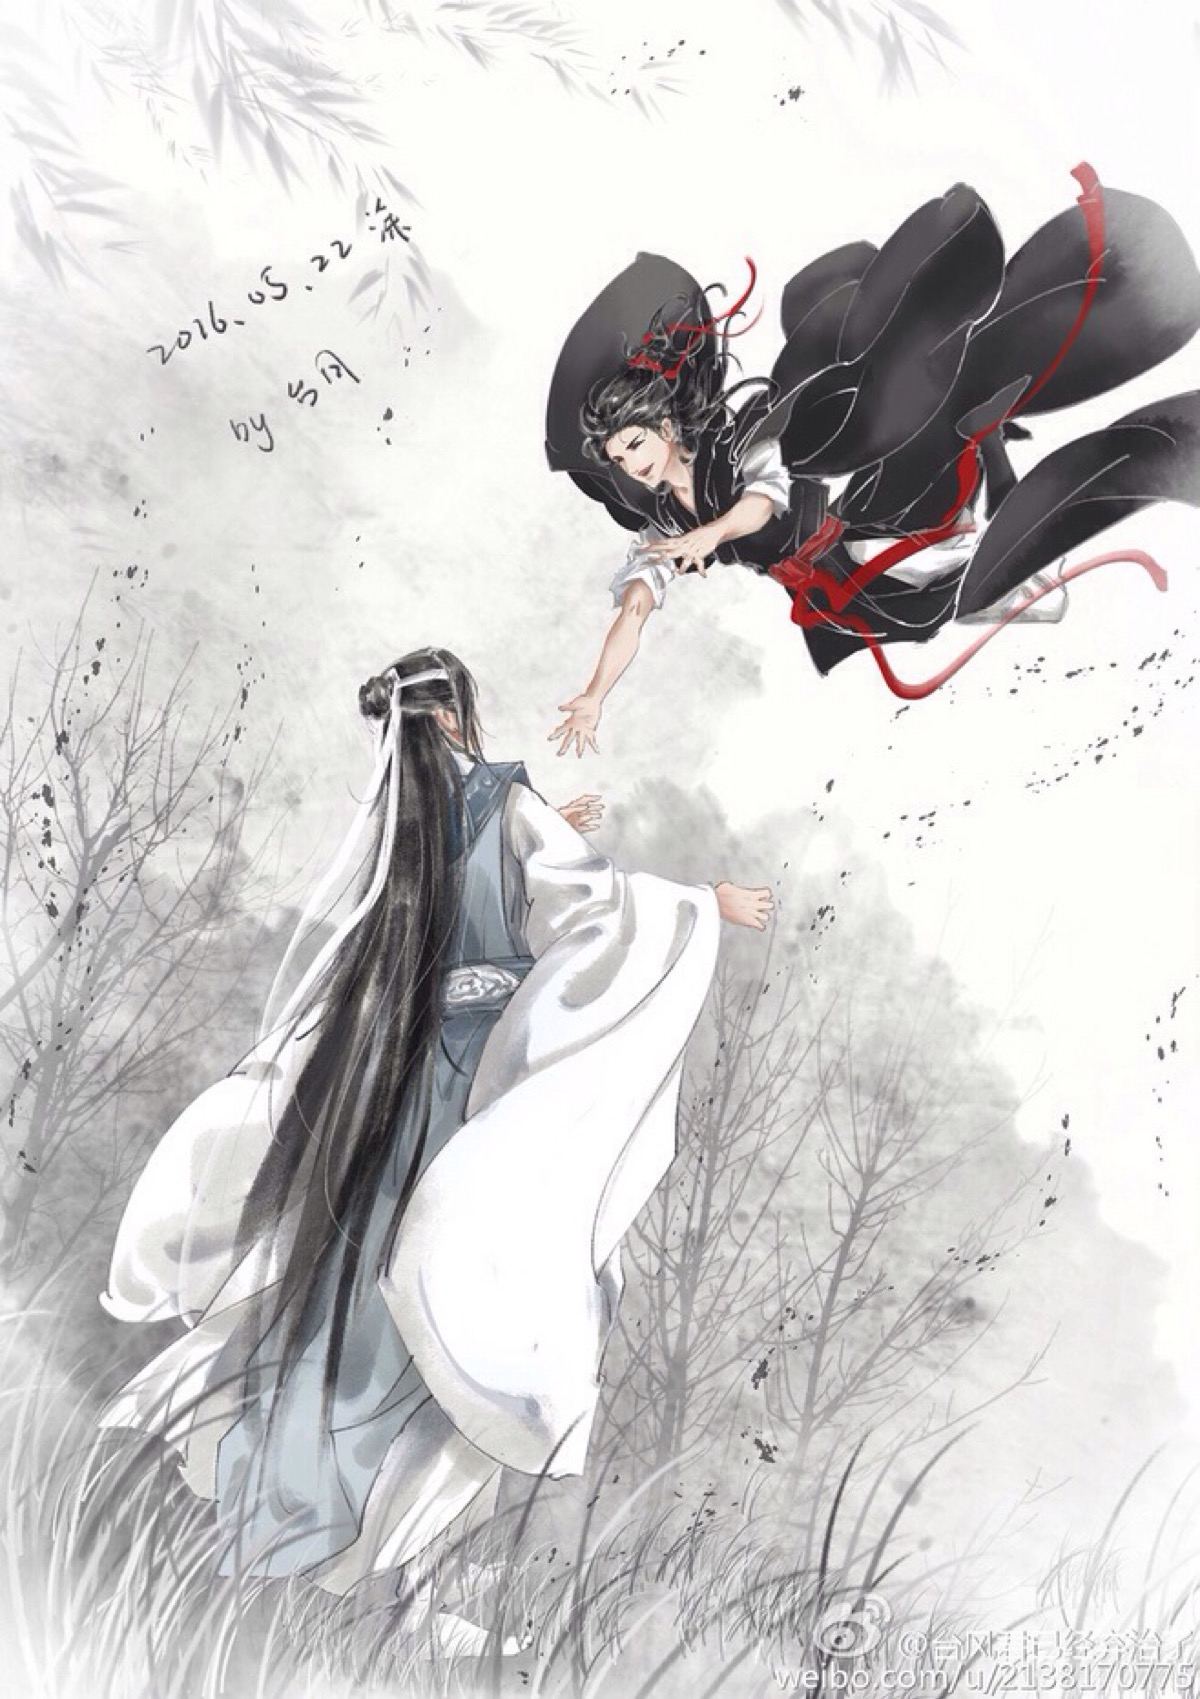
花似伊。柳似伊。花柳青春人别离。